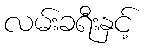
လမ်းခရီးနှင့်